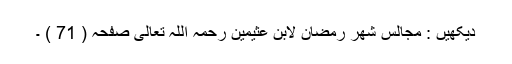
دیکھیں : مجالس شھر رمضان لابن عثیمین رحمہ اللہ تعالی صفحہ ( 71 ) ۔